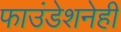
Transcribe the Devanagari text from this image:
फाउंडेशनेही